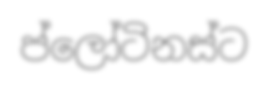
ප්ලෝටිනස්ට